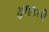
ઢળકતી